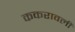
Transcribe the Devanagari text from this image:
ककरावली